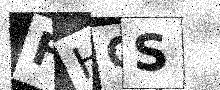
Text: FHGS